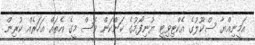
އަމީނިއްޔާ ސްކޫލުގެ އެކްޓިވިޓީ ޔުނިފޯމުގެ ކަންކަން ވެސް މީގެ އެތައް އަހަރެއް ކުރިން